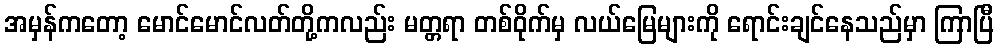
အမှန်ကတော့ မောင်မောင်လတ်တို့ကလည်း မတ္တရာ တစ်ဝိုက်မှ လယ်မြေများကို ရောင်းချင်နေသည်မှာ ကြာပြီ